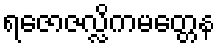
ရဇောဇလ္လိကမတ္တေန